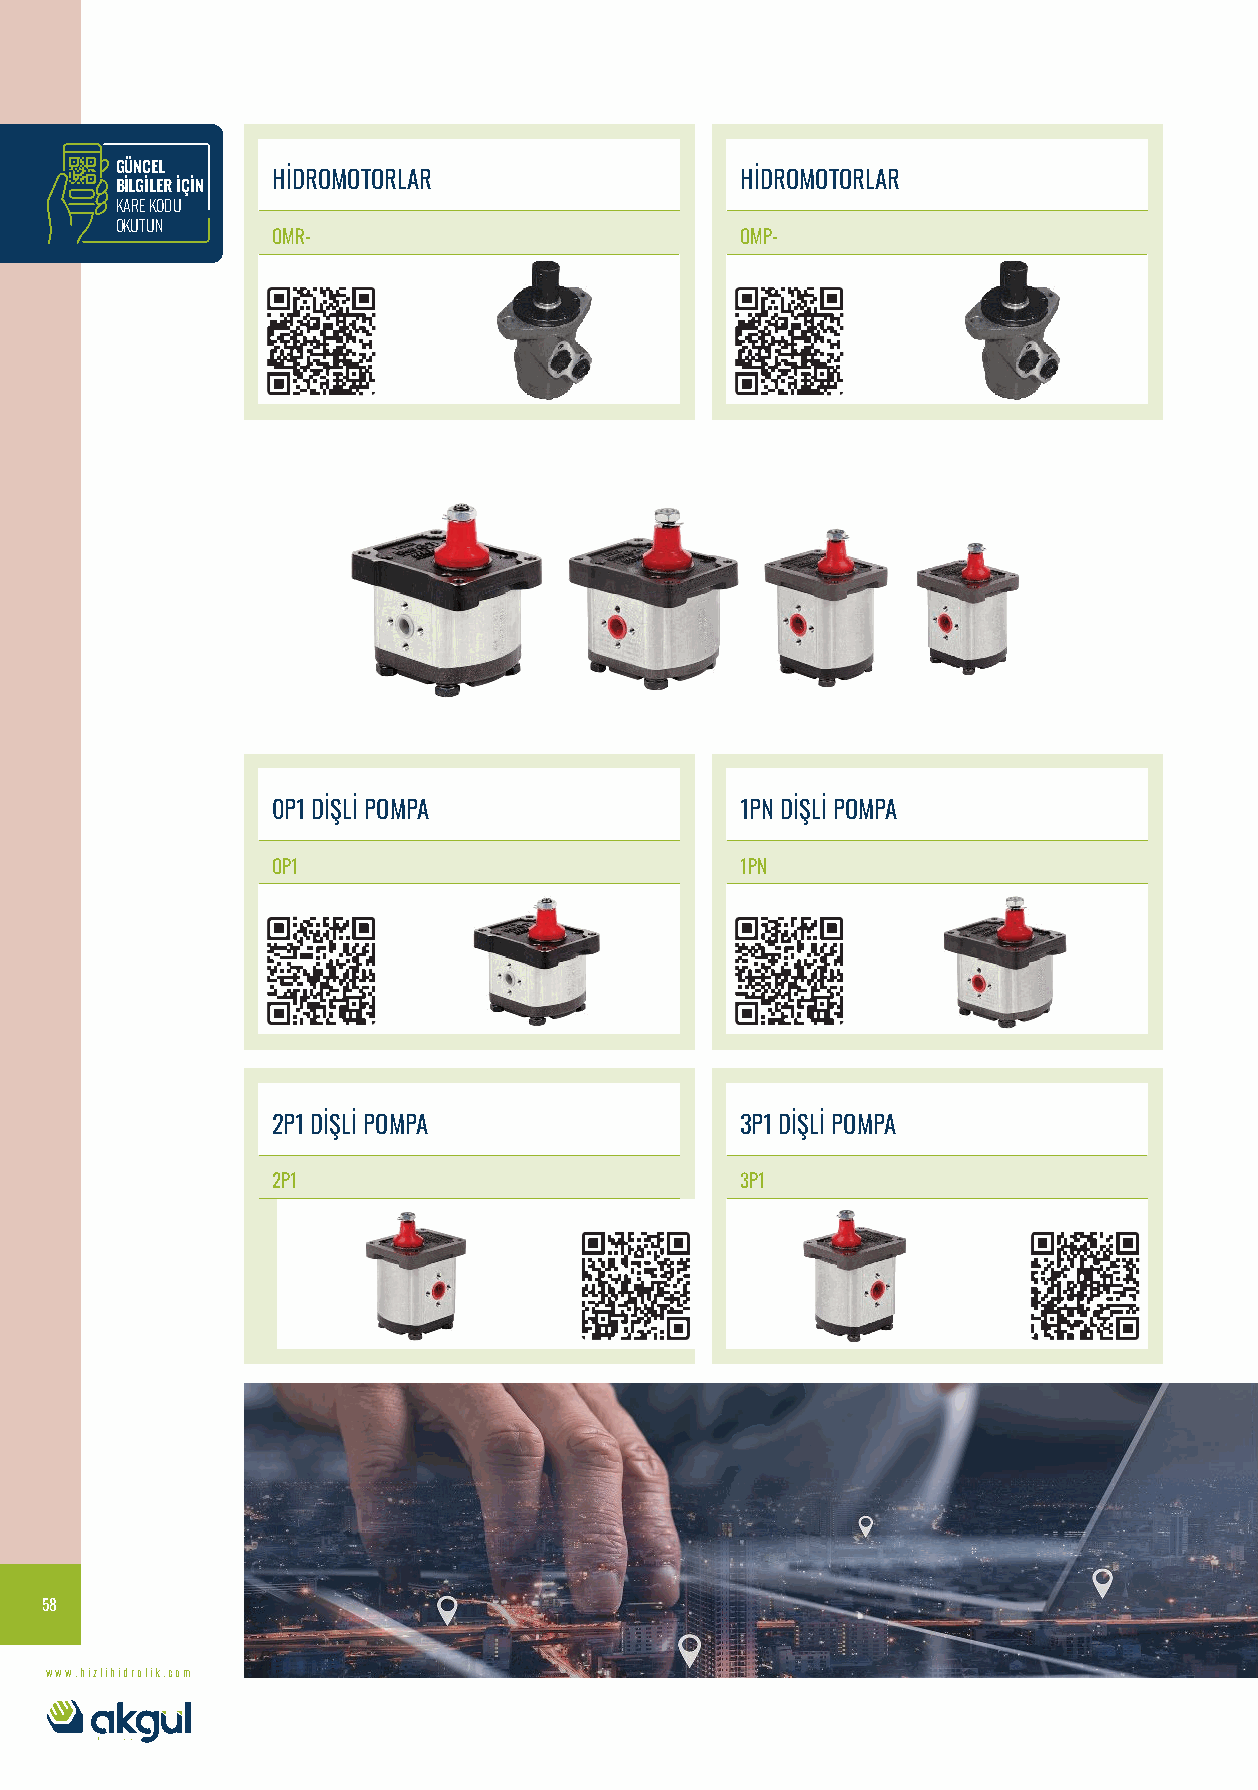
GÜNCEL
 HİDROMOTORLAR                  HİDROMOTORLAR
 BİLGİLER İÇİN
 KARE KODU
 OKUTUN
 OMR-                           OMP-
 0P1 DİŞLİ POMPA                1PN DİŞLİ POMPA
 OP1                            1PN
 2P1 DİŞLİ POMPA                3P1 DİŞLİ POMPA
 2P1                            3P1
 58
 www.hizlihidrolik.com